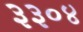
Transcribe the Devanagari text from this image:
३३०४